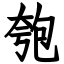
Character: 匏